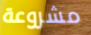
مشروعة